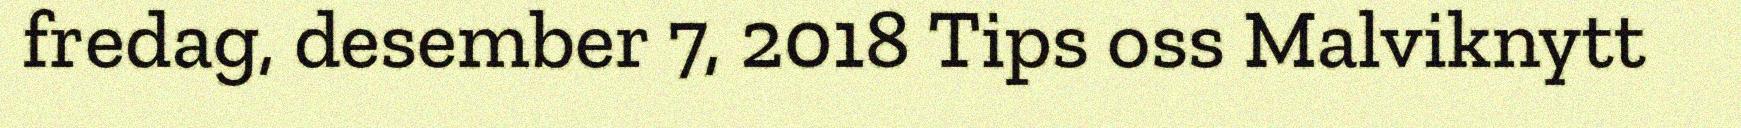
fredag, desember 7, 2018 Tips oss Malviknytt